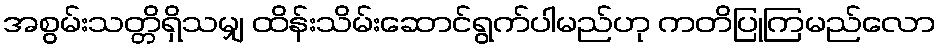
အစွမ်းသတ္တိရှိသမျှ ထိန်းသိမ်းဆောင်ရွက်ပါမည်ဟု ကတိပြုကြမည်လော